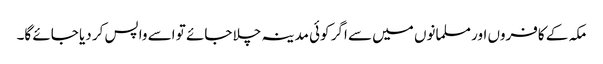
مکہ کے کافروں اور مسلمانوں میں سے اگر کوئی مدینہ چلا جائے تو اسے واپس کر دیا جائے گا۔